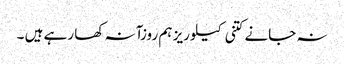
نہ جانے کتنی کیلوریز ہم روزآنہ کھا رہے ہیں ۔